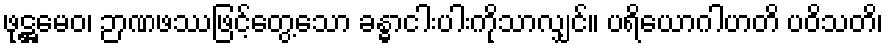
ဖုဋ္ဌမေဝ၊ ဉာဏဖဿဖြင့်တွေ့သော ခန္ဓာငါးပါးကိုသာလျှင်။ ပရိယောဂါဟတိ ပဝိသတိ၊